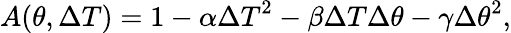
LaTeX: A(\theta,\Delta T)=1-\alpha{\Delta T}^{2}-\beta{\Delta T}{\Delta\theta}-\gamma{\Delta\theta}^{2},